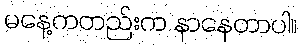
မနေ့ကတည်းက နာနေတာပါ။